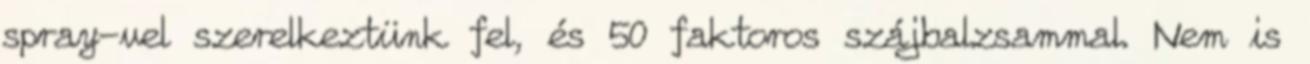
spray-vel szerelkeztünk fel, és 50 faktoros szájbalzsammal. Nem is